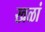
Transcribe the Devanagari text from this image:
खळां